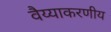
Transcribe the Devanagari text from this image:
वैय्याकरणीय